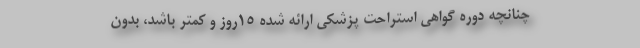
چنانچه دوره گواهی استراحت پزشکی ارائه شده ۱۵روز و کمتر باشد، بدون